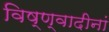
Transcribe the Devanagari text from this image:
विष्ण्वादीनां